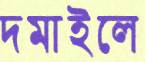
দমাইলে